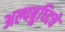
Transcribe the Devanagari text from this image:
अल्पबुध्दिचे